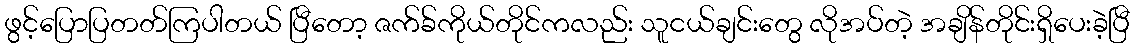
ဖွင့်ပြောပြတတ်ကြပါတယ် ပြီတော့ ဇက်ခ်ကိုယ်တိုင်ကလည်း သူငယ်ချင်းတွေ လိုအပ်တဲ့ အချိန်တိုင်းရှိပေးခဲ့ပြီ